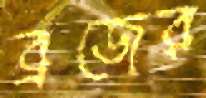
ব্রজের